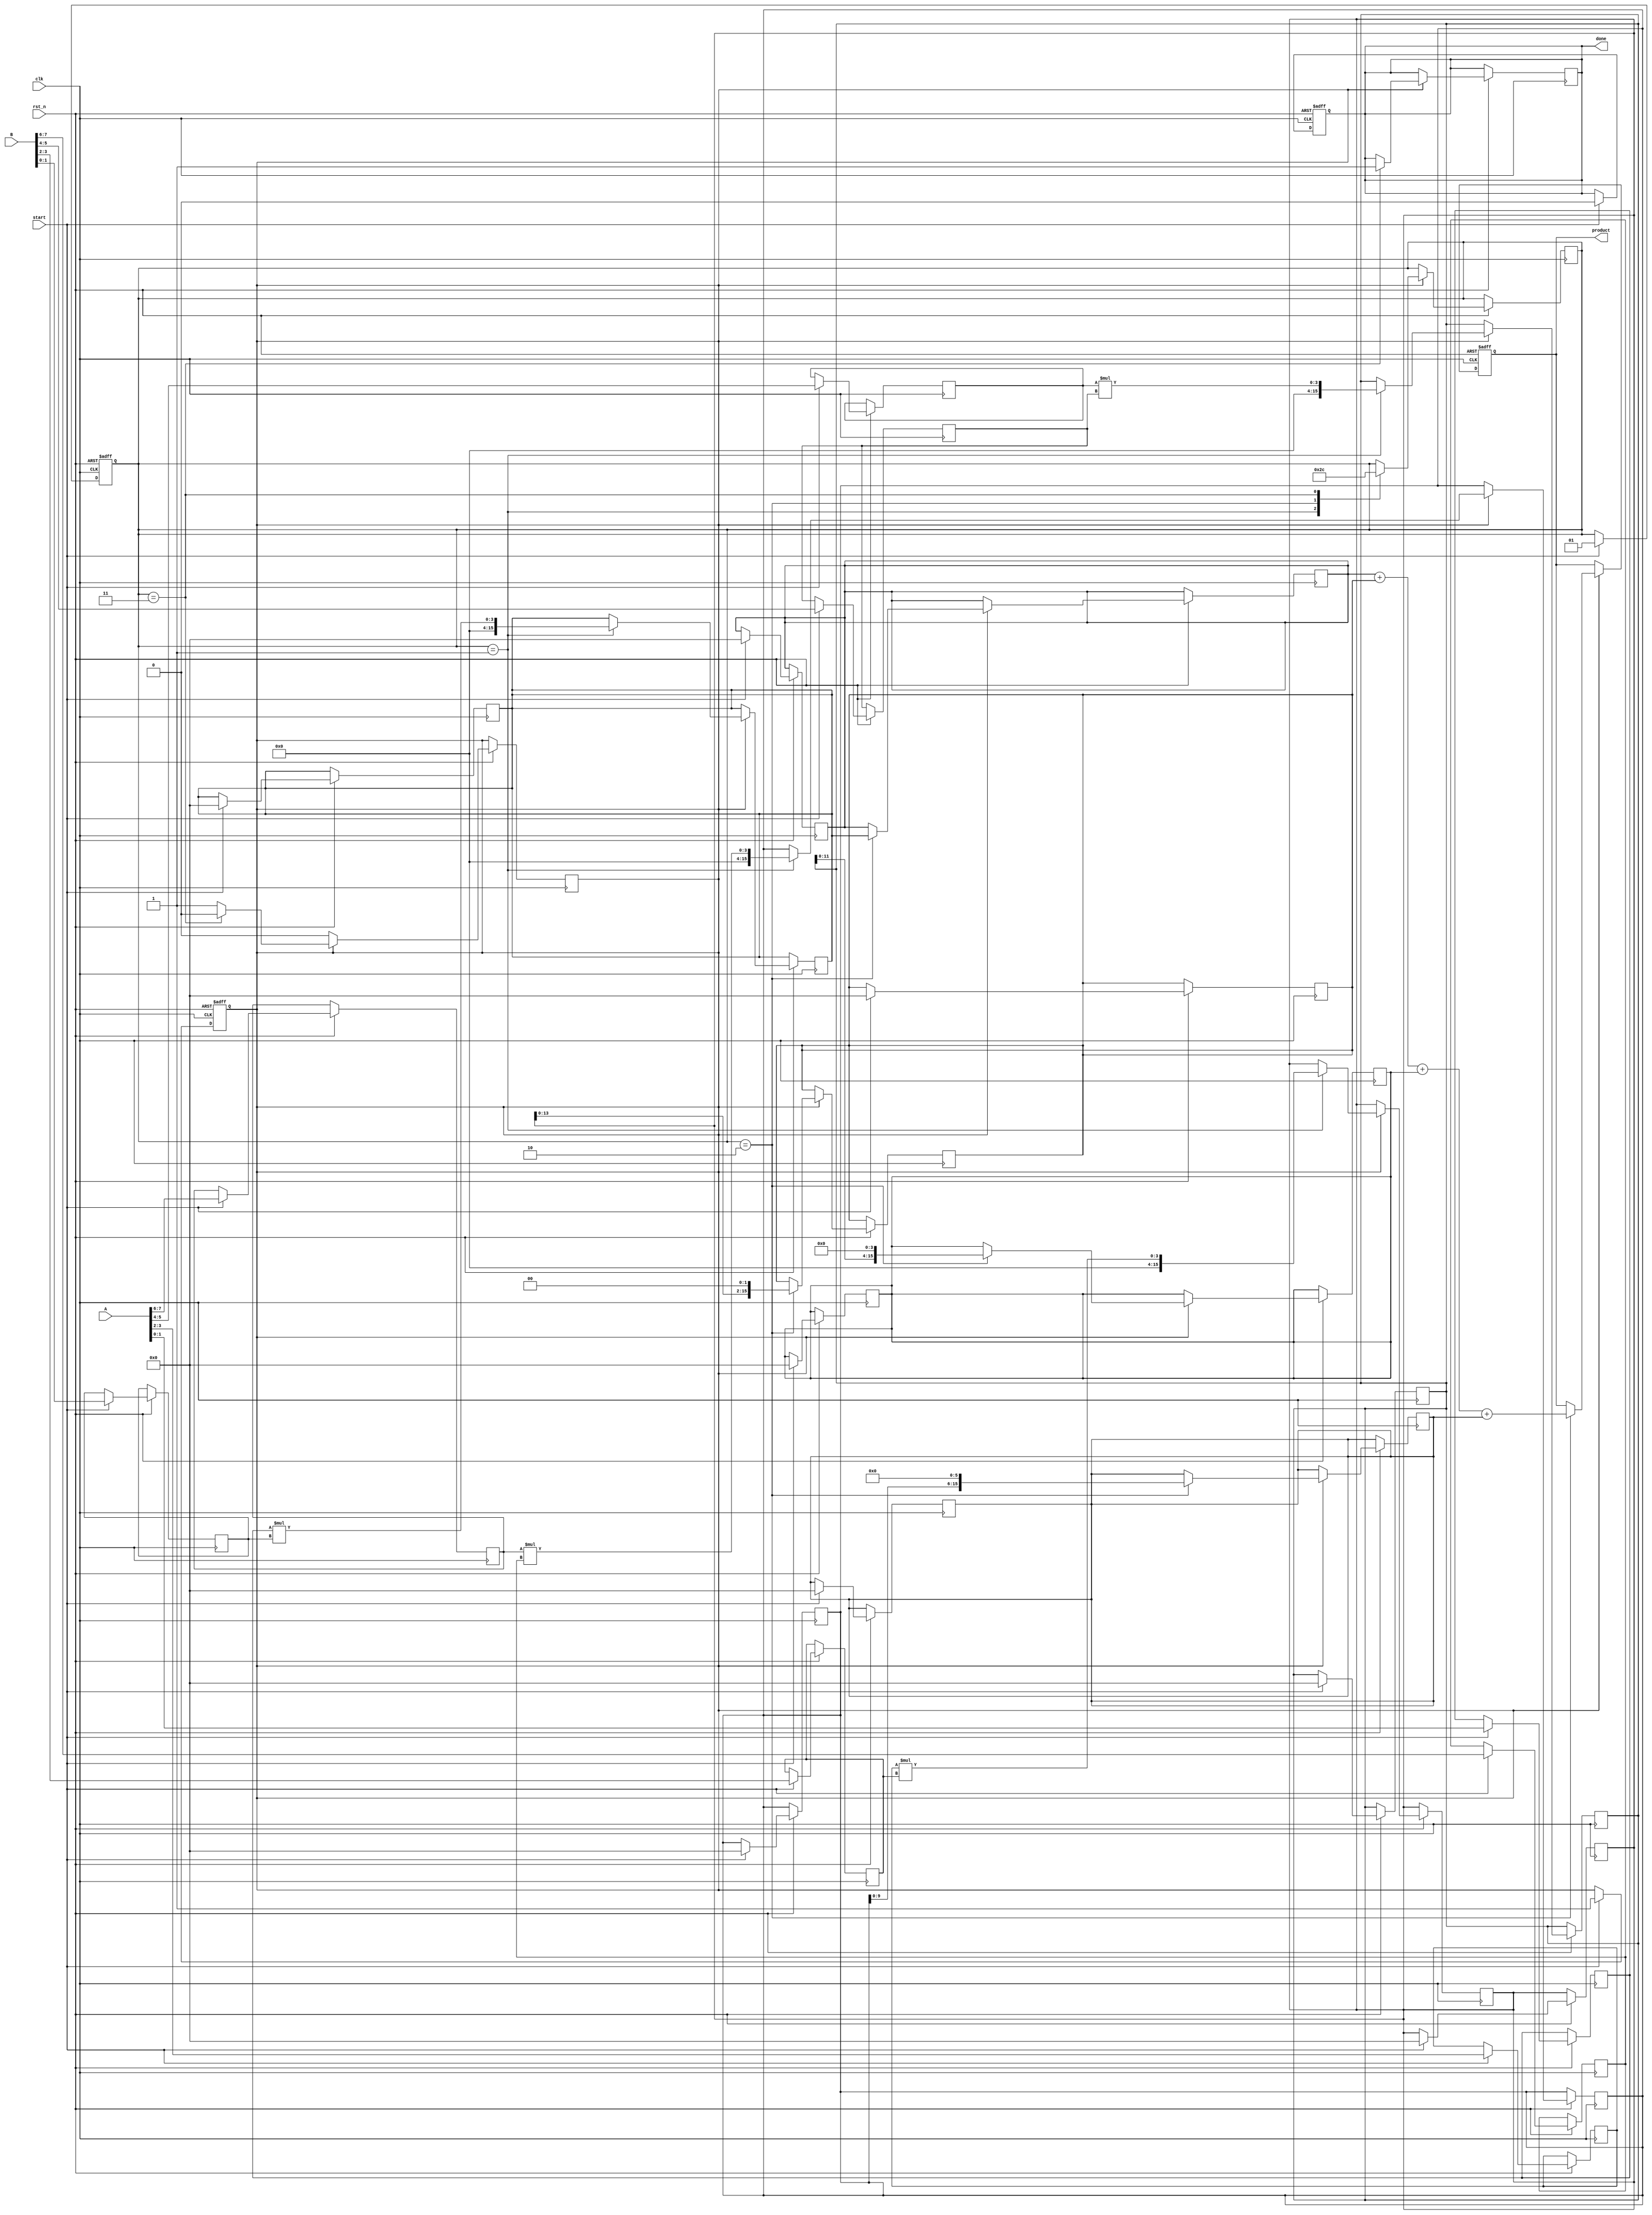
module PipelinedSlicedMultiplier (
    input clk,
    input rst_n,
    input [7:0] A, // Operand A
    input [7:0] B, // Operand B
    input start,
    output reg [15:0] product, // Final product
    output reg done
);

    parameter SLICE_WIDTH = 2; // Width of each slice
    parameter NUM_SLICES = 4;   // Number of slices
    reg [SLICE_WIDTH-1:0] A_slices [NUM_SLICES-1:0];
    reg [SLICE_WIDTH-1:0] B_slices [NUM_SLICES-1:0];
    reg [15:0] partial_products [NUM_SLICES-1:0];
    reg [15:0] acc [NUM_SLICES-1:0];
    integer i;

    reg [1:0] stage; // Pipeline stage register
    reg processing;

    // Input slicing
    always @(posedge clk or negedge rst_n) begin
        if (!rst_n) begin
            stage <= 0;
            done <= 0;
            processing <= 0;
        end else if (start) begin
            // Slice the inputs into smaller sections
            for (i = 0; i < NUM_SLICES; i = i + 1) begin
                A_slices[i] <= A[i*SLICE_WIDTH +: SLICE_WIDTH];
                B_slices[i] <= B[i*SLICE_WIDTH +: SLICE_WIDTH];
                partial_products[i] <= 0; // Initialize partial products
                acc[i] <= 0; // Initialize accumulators
            end
            stage <= 1; // Move to the next stage
            processing <= 1; // Set processing flag
            done <= 0; // Reset done
        end
    end

    // Multiplier core and accumulation
    always @(posedge clk or negedge rst_n) begin
        if (!rst_n) begin
            product <= 0;
        end else if (processing) begin
            case (stage)
                1: begin
                    // Generate partial products
                    for (i = 0; i < NUM_SLICES; i = i + 1) begin
                        partial_products[i] <= A_slices[i] * B_slices[i];
                    end
                    stage <= 2; // Move to accumulation stage
                end
                
                2: begin
                    // Accumulate partial products
                    for (i = 0; i < NUM_SLICES; i = i + 1) begin
                        acc[i] <= partial_products[i] << (i * SLICE_WIDTH); // Shift based on slice
                    end
                    product <= acc[0] + acc[1] + acc[2] + acc[3]; // Final product calculation
                    stage <= 3; // Move to final stage
                end
                
                3: begin
                    // Indicate completion of product calculation
                    done <= 1;
                    processing <= 0; // Clear processing flag
                    stage <= 0; // Reset stage
                end
            endcase
        end
    end

endmodule